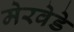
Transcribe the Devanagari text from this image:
मेरवेडे